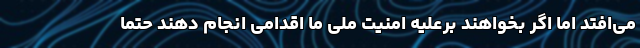
می‌افتد اما اگر بخواهند برعلیه امنیت ملی ما اقدامی انجام دهند حتما